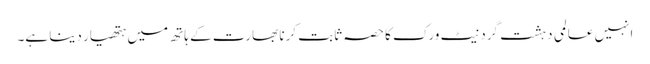
انہیں عالمی دہشت گرد نیٹ ورک کا حصہ ثابت کرنا بھارت کے ہاتھ میں ہتھیار دینا ہے۔